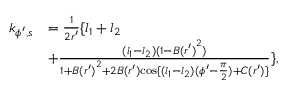
\begin{array} { r l } { k _ { \phi ^ { \prime } , s } } & { = \frac { 1 } { 2 r ^ { \prime } } \{ l _ { 1 } + l _ { 2 } } \\ & { + \frac { ( l _ { 1 } - l _ { 2 } ) ( 1 - { B ( r ^ { \prime } ) } ^ { 2 } ) } { 1 + { B ( r ^ { \prime } ) } ^ { 2 } + 2 { B ( r ^ { \prime } ) } { \cos \{ ( l _ { 1 } - l _ { 2 } ) ( \phi ^ { \prime } - \frac { \pi } { 2 } ) + C ( r ^ { \prime } ) \} } } \} , } \end{array}